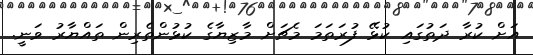
އަށް ކުރާ ދަތުގައި ކުޅޭ ފުރަތަމަ މެޗަށް މާޒިޔާގެ ކުޅުންތެރިން ތައްޔާރު ވަނީ.